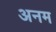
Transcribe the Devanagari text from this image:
अनम